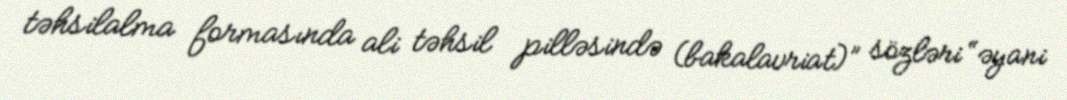
təhsilalma formasında ali təhsil pilləsində (bakalavriat)” sözləri “əyani